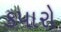
કપારો